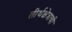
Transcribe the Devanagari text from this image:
तीर्थक्षेत्राची